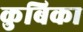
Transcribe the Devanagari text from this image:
कुबिका